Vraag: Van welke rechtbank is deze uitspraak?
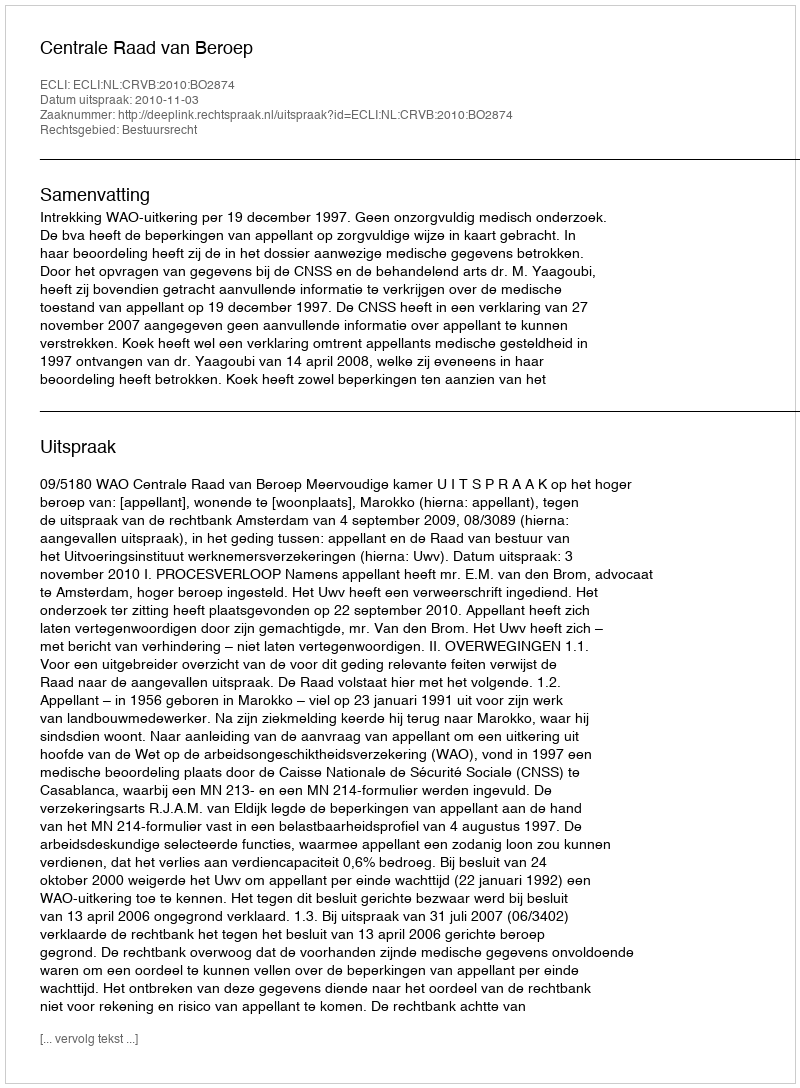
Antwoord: Centrale Raad van Beroep